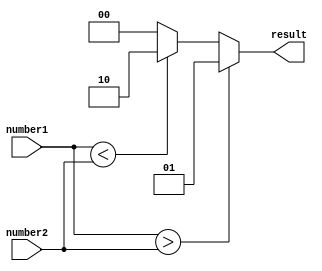
module signed_comparator (
    input signed [7:0] number1,
    input signed [7:0] number2,
    output reg [1:0] result
);

always @* begin
    if (number1 > number2)
        result = 2'b01; // number1 is greater than number2
    else if (number1 < number2)
        result = 2'b10; // number1 is less than number2
    else
        result = 2'b00; // numbers are equal
end

endmodule